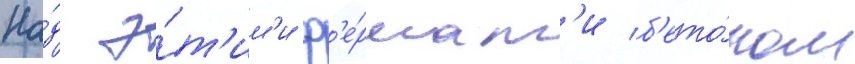
На́д э́т'им'и ф'е́рмам'и б'ето́ном